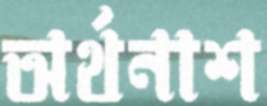
অর্থনাশ